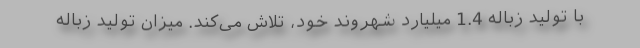
با تولید زباله 1.4 میلیارد شهروند خود، تلاش می‌کند. میزان تولید زباله